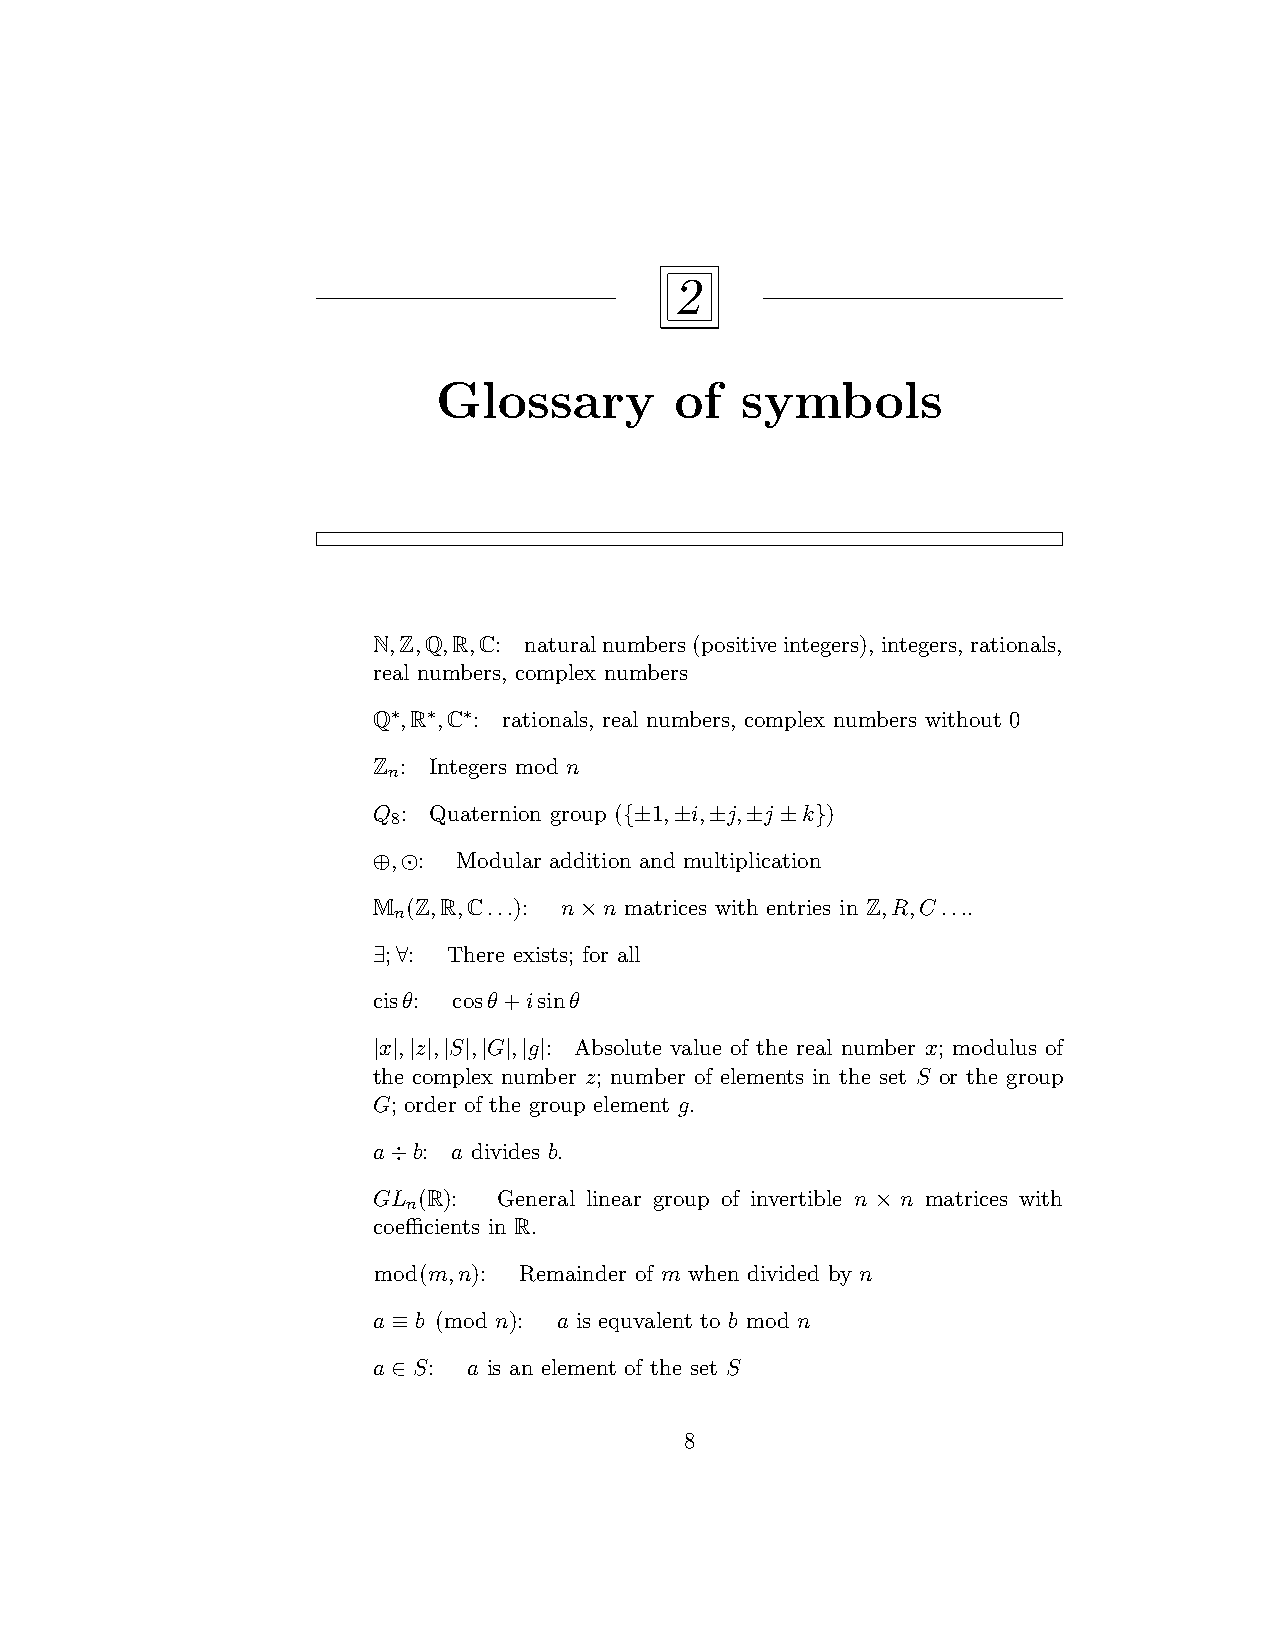
2
 Glossary        of  symbols
 N,Z,Q,R,C: naturalnumbers(positiveintegers), integers, rationals,
 real numbers, complex numbers
 Q∗,R∗,C∗: rationals, real numbers, complex numbers without 0
 Z : Integers mod n
 n
 Q : Quaternion group ({±1,±i,±j,±j ±k})
 8
 ⊕,⊙: Modular addition and multiplication
 M (Z,R,C...): n×n matrices with entries in Z,R,C....
 n
 ∃;∀: There exists; for all
 cisθ: cosθ+isinθ
 |x|,|z|,|S|,|G|,|g|: Absolute value of the real number x; modulus of
 the complex number z; number of elements in the set S or the group
 G; order of the group element g.
 a÷b: a divides b.
 GL (R): General linear group of invertible n × n matrices with
 n
 coefficients in R.
 mod(m,n): Remainder of m when divided by n
 a ≡ b (mod n): a is equvalent to b mod n
 a ∈ S: a is an element of the set S
 8